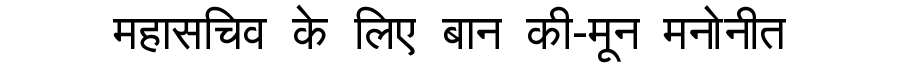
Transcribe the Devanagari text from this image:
महासचिव के लिए बान की-मून मनोनीत